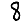
Digit: 8